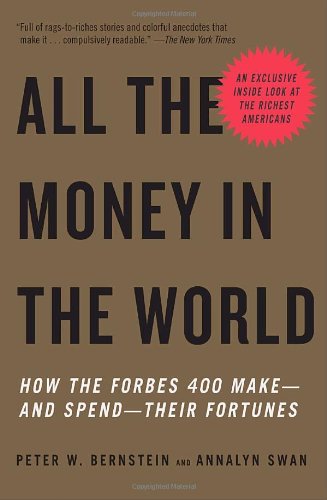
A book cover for All the Money in the World: How the Forbes 400 Make--and Spend--Their Fortunes; Peter W. Bernstein; Business & Money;